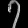
Digit: ၇